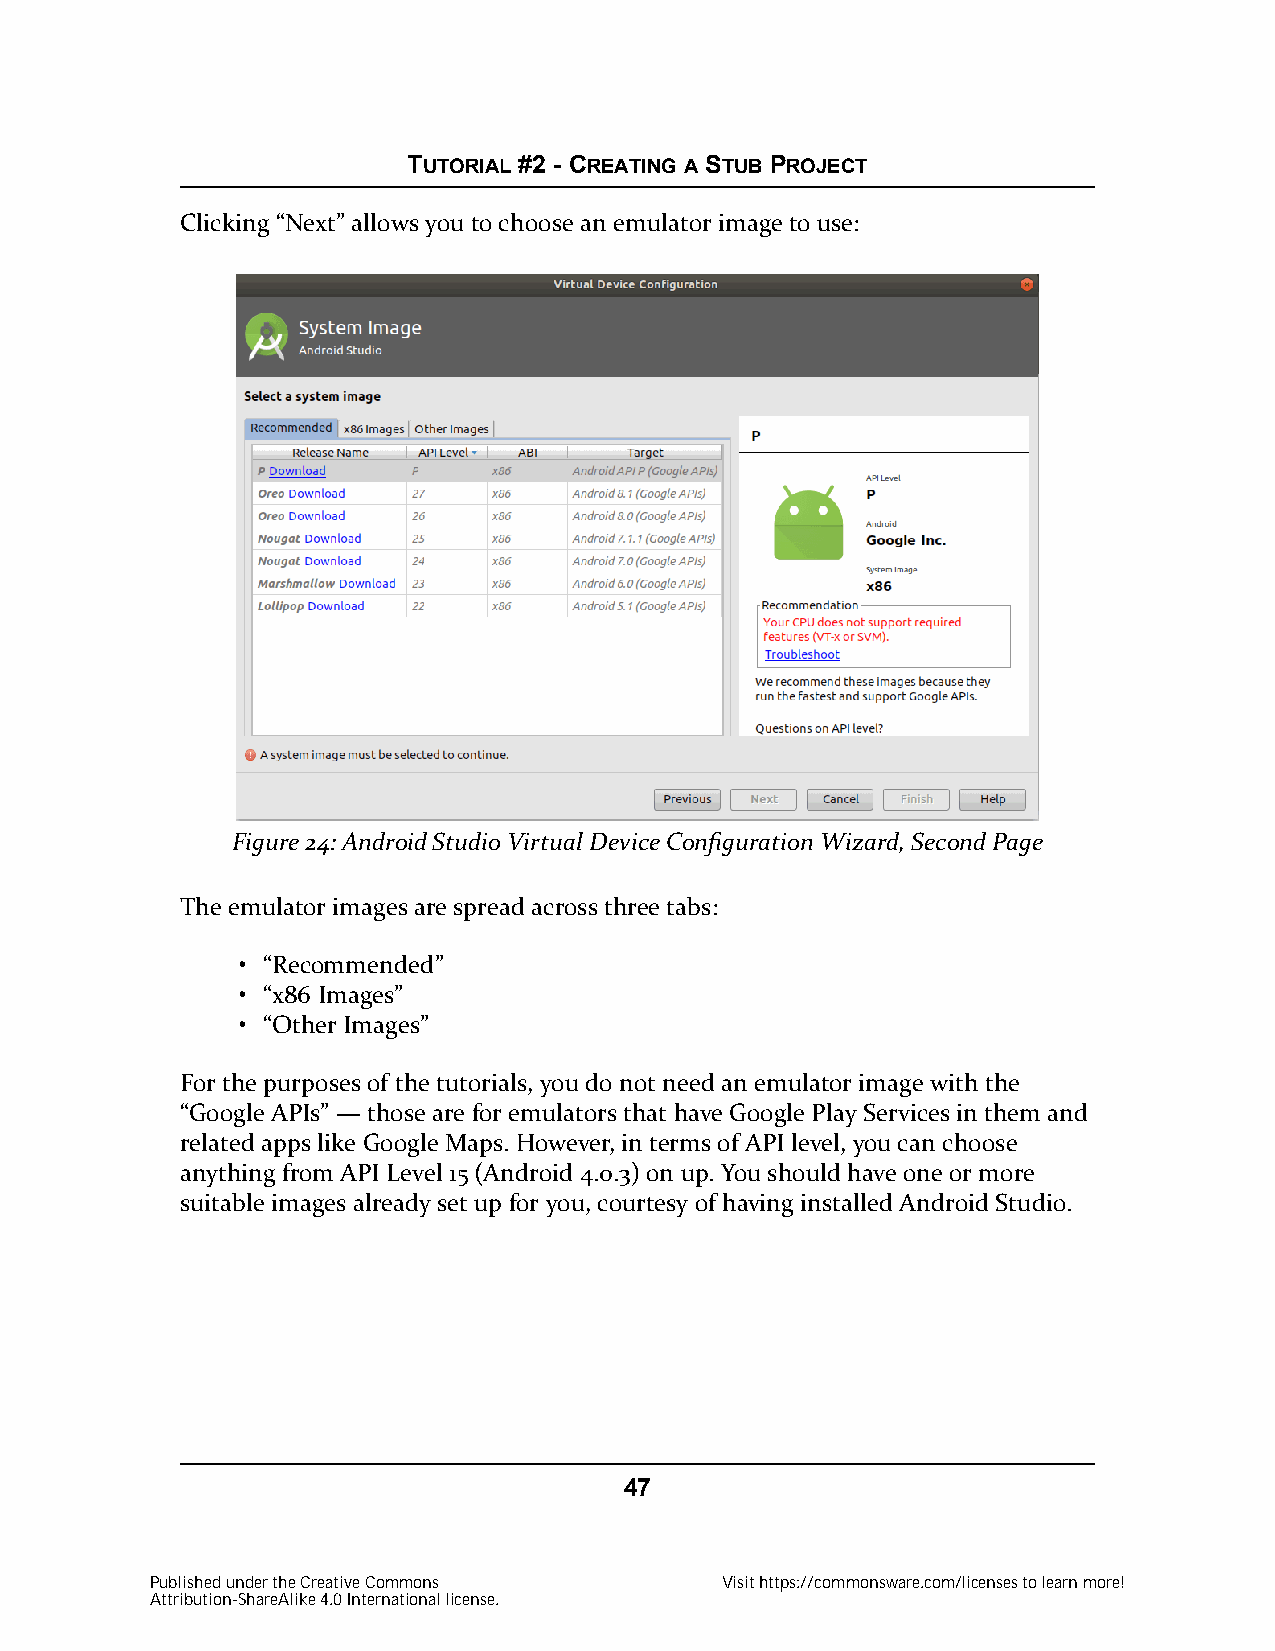
TUTORIAL #2 - CREATING A STUB PROJECT
 Clicking “Next” allows you to choose an emulator image to use:
 Figure 24: Android Studio Virtual Device Configuration Wizard, Second Page
 The emulator images are spread across three tabs:
 • “Recommended”
 • “x86 Images”
 • “Other Images”
 For the purposes of the tutorials, you do not need an emulator image with the
 “Google APIs” — those are for emulators that have Google Play Services in them and
 related apps like Google Maps. However, in terms of API level, you can choose
 anything from API Level 15 (Android 4.0.3) on up. You should have one or more
 suitable images already set up for you, courtesy of having installed Android Studio.
 47
 Published under the Creative Commons  Visit https://commonsware.com/licenses to learn more!
 Attribution-ShareAlike 4.0 International license.